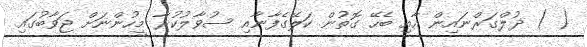
( ) ޛުލްގަރްނައިން އާއި ބެހޭ ގޮތުން ކަލޭގެފާނާއި ސުވާލުކުރާ މީހުންނަށް ޖަވާބުގައި